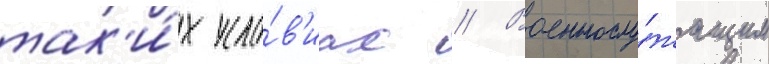
так'и́х усло́в'иах // Военнослу́жащим